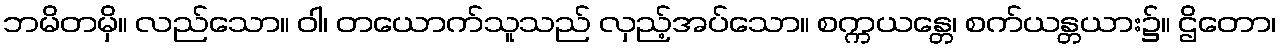
ဘမိတမှိ။ လည်သော။ ဝါ၊ တယောက်သူသည် လှည့်အပ်သော။ စက္ကယန္တေ၊ စက်ယန္တယား၌။ ဌိတော၊